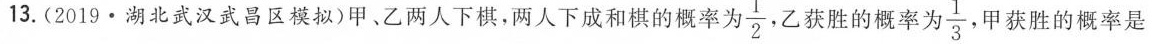
13.(2019\cdot 湖北武汉武昌区模拟)甲、乙两人下棋，两人下成和棋的概率为 \frac{1}{2}， 乙获胜的概率为 \frac{1}{3}甲获胜的概率是